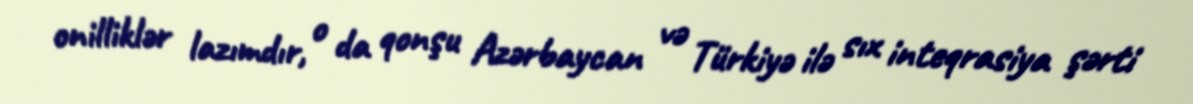
onilliklər lazımdır, o da qonşu Azərbaycan və Türkiyə ilə sıx inteqrasiya şərti